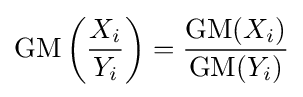
\operatorname {GM} \left({\frac {X_{i}}{Y_{i}}}\right)={\frac {\operatorname {GM} (X_{i})}{\operatorname {GM} (Y_{i})}}